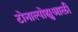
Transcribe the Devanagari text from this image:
टोनाल्पोह्युआली